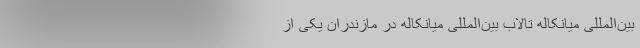
بین‌المللی میانکاله تالاب بین‌المللی میانکاله در مازندران یکی از